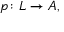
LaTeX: p \colon L \to A ,